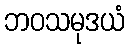
ဘဝသမုဒယံ